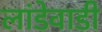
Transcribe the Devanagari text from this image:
लांडेवाडी